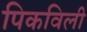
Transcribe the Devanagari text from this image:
पिकविली